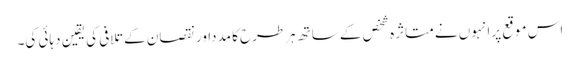
اس موقع پر انہوں نے متاثرہ شخص کے ساتھ ہرطرح کا مدداور نقصان کے تلافی کی یقین دہائی کی۔